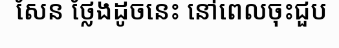
សែន ថ្លែងដូចនេះ នៅពេលចុះជួប